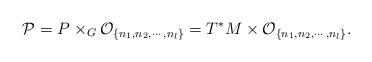
LaTeX: \begin{align*}{\cal P}= P\times_G{\cal O}_{\{n_1,n_2,\cdots,n_l\}}=T^*M\times {\cal O}_{\{n_1,n_2,\cdots,n_l\}}.\end{align*}